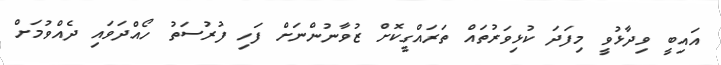
އައިބީ ވިދާޅުވީ މިފަދަ ކުޅިވަރުތައް ތަރައްގީކޮށް ޒުވާނުންނަށް ފަހި ފުރުސަތު ހޯއްދަވައި ދެއްވުމަށް